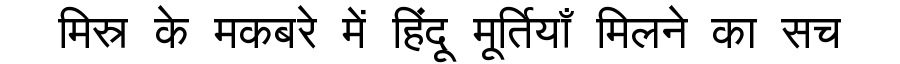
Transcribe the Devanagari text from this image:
मिस्र के मकबरे में हिंदू मूर्तियाँ मिलने का सच